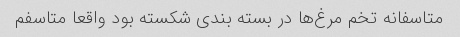
متاسفانه تخم مرغ‌ها در بسته بندی شکسته بود واقعا متاسفم